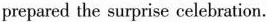
prepared the surprise celebration.